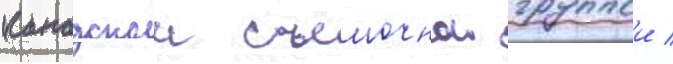
канадскои съемочнои группои /